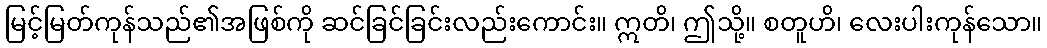
မြင့်မြတ်ကုန်သည်၏အဖြစ်ကို ဆင်ခြင်ခြင်းလည်းကောင်း။ ဣတိ၊ ဤသို့။ စတူဟိ၊ လေးပါးကုန်သော။